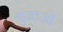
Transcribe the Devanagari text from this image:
गुंजाओ